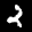
Label: 2